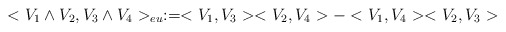
\begin{align*}<V_1\wedge V_2, V_3\wedge V_4>_{eu}:=<V_1,V_3><V_2,V_4>-<V_1,V_4><V_2,V_3>\end{align*}